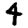
Digit: 4